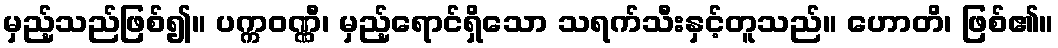
မှည့်သည်ဖြစ်၍။ ပက္ကဝဏ္ဏီ၊ မှည့်ရောင်ရှိသော သရက်သီးနှင့်တူသည်။ ဟောတိ၊ ဖြစ်၏။